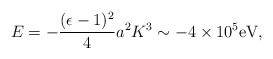
\begin{align*}E=-{(\epsilon-1)^2\over 4}a^2K^3\sim-4\times10^5\mbox{eV},\end{align*}